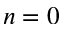
n = 0